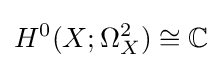
H^{0}(X;\Omega _{X}^{2})\cong \mathbb {C}